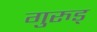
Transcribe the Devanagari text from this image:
गुरुड्